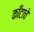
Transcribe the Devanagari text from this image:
काँटाचे